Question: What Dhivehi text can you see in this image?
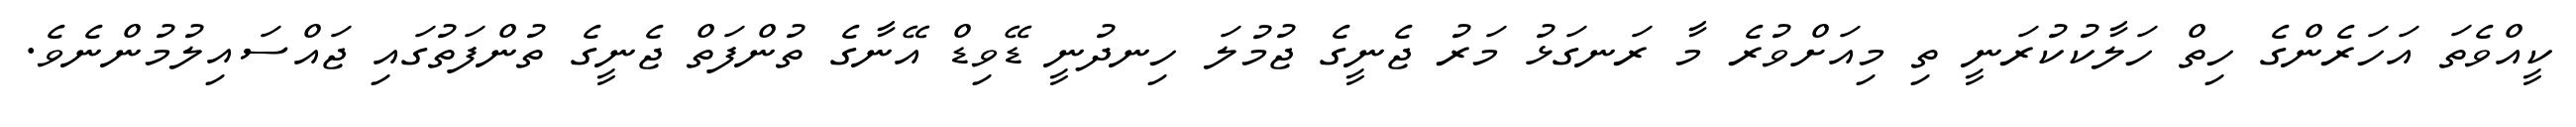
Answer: ކީއްވެތަ އަހަރެންގެ ހިތް ހަލާކުކުރަނީ ތި މިއަށްވުރެ މާ ރަނގަޅު މަރު ޖެނީގެ ޖުމުލަ ހިނދުނީ ޑޭވިޑް އޭނާގެ ތުންފަތް ޖެނީގެ ތުންފަތުގައި ޖައްސައިލުމުންނެވެ.